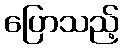
ပြောသည့်